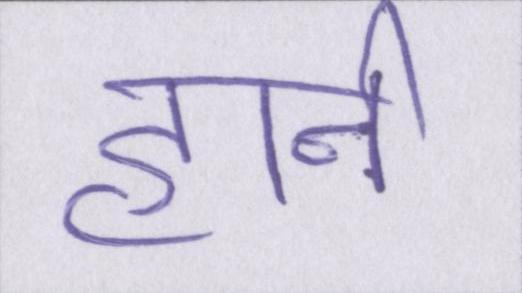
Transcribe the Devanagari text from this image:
हार्न